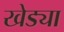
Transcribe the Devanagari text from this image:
खेड्या